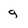
Character: g